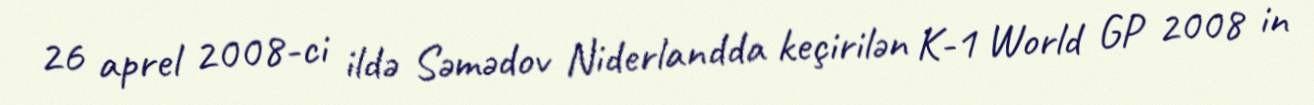
26 aprel 2008-ci ildə Səmədov Niderlandda keçirilən K-1 World GP 2008 in